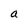
Character: a